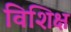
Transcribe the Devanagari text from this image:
विशिक्ष